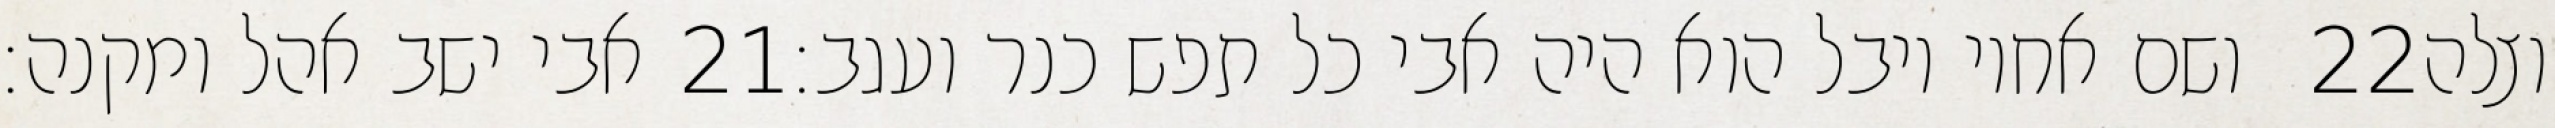
אבי ישב אהל ומקנה׃ ‎21‏ ושם אחיו יובל הוא היה אבי כל תפש כנר ועגב׃ ‎22‏ וצלה